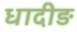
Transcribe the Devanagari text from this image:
धादीङ